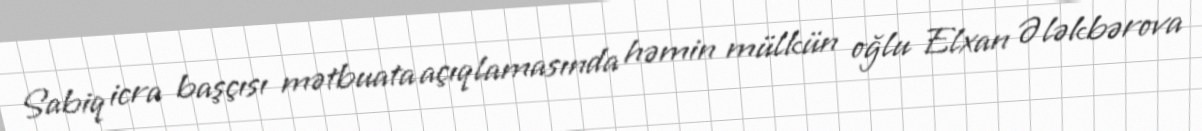
Sabiq icra başçısı mətbuata açıqlamasında həmin mülkün oğlu Elxan Ələkbərova